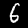
Label: 6